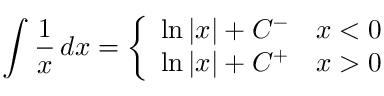
\int { \frac { 1 } { x } } \, d x = { \left\{ \begin{array} { l l } { \ln | x | + C ^ { - } } & { x < 0 } \\ { \ln | x | + C ^ { + } } & { x > 0 } \end{array} \right. }